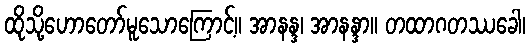
ထိုသို့ဟောတော်မူသောကြောင့်။ အာနန္ဒ၊ အာနန္ဒာ။ တထာဂတဿခေါ၊